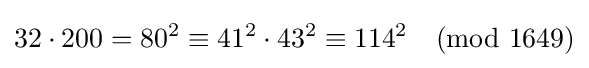
32\cdot 200=80^{2}\equiv 41^{2}\cdot 43^{2}\equiv 114^{2}{\pmod {1649}}